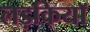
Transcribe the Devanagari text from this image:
लड़कियाॅ